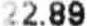
22.89